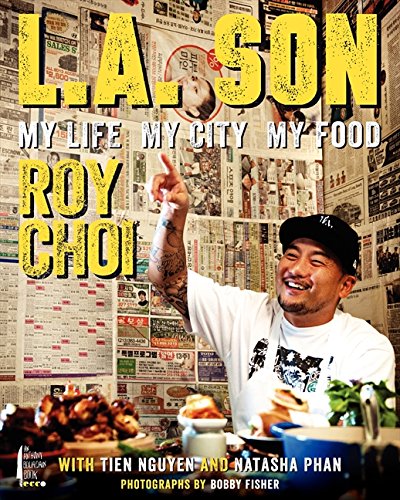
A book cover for L.A. Son: My Life, My City, My Food; Roy Choi; Cookbooks, Food & Wine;